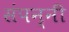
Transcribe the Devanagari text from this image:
संपन्नी